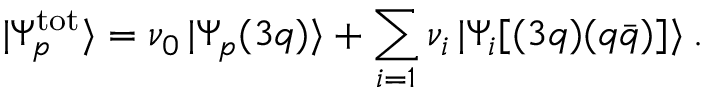
| \Psi _ { p } ^ { \mathrm { t o t } } \rangle = \nu _ { 0 } \, | \Psi _ { p } ( 3 q ) \rangle + \sum _ { i = 1 } \nu _ { i } \, | \Psi _ { i } [ ( 3 q ) ( q \bar { q } ) ] \rangle \: .